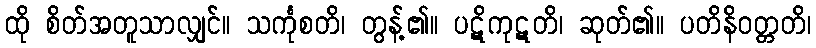
ထို စိတ်အတူသာလျှင်။ သင်္ကုစတိ၊ တွန့်၏။ ပဋိကုဋတိ၊ ဆုတ်၏။ ပတိနိဝတ္တတိ၊